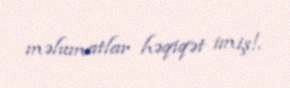
məlumatlar həqiqət imiş!.